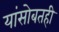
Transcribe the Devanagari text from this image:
यांसोबतही